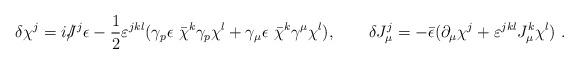
LaTeX: \begin{align*}\delta \chi^j= i/\kern-.5em J^j \epsilon -\frac 12 \varepsilon^{jkl} (\gamma_p \epsilon ~\bar \chi^k \gamma_p \chi^l + \gamma_\mu \epsilon ~ \bar \chi^k \gamma^\mu \chi^l ) ,\qquad \delta J_\mu^j=-\bar\epsilon(\partial_\mu \chi^j + \varepsilon^{jkl} J_\mu ^k\chi^l)~.\end{align*}